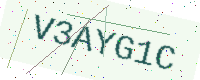
Text: V3AYG1C